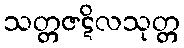
သတ္တဇဋိလသုတ္တ